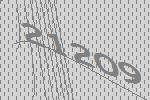
21209